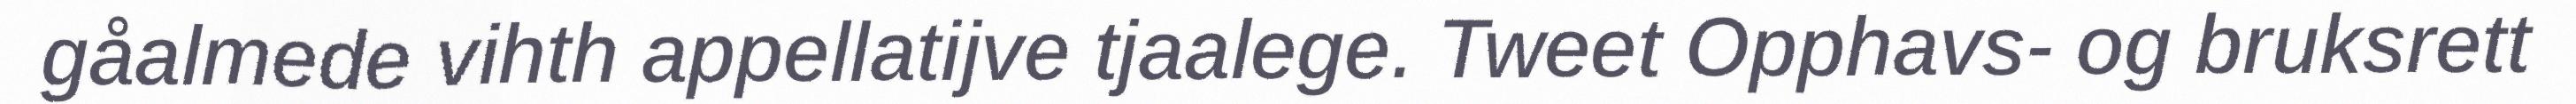
gåalmede vihth appellatijve tjaalege. Tweet Opphavs- og bruksrett